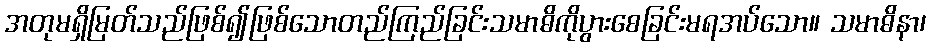
အတုမရှိမြတ်သည်ဖြစ်၍ဖြစ်သောတည်ကြည်ခြင်းသမာဓိကိုပွားစေခြင်းမရအပ်သော။ သမာဓိနာ၊